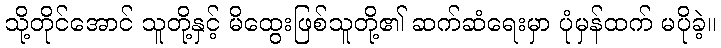
သို့တိုင်အောင် သူတို့နှင့် မိထွေးဖြစ်သူတို့၏ ဆက်ဆံရေးမှာ ပုံမှန်ထက် မပိုခဲ့။